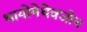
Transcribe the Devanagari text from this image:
थायोमेथेक्‍जोन